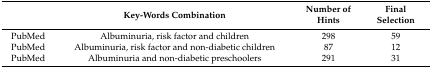
|  | Key-Words Combination | Number of Hints | Final Selection |
 | --- | --- | --- | --- |
 | PubMed | Albuminuria, risk factor and children | 298 | 59 |
 | PubMed | Albuminuria, risk factor and non-diabetic children | 87 | 12 |
 | PubMed | Albuminuria and non-diabetic preschoolers | 291 | 31 |